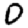
Digit: 0